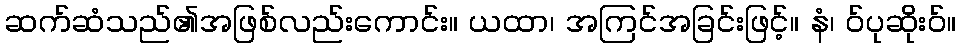
ဆက်ဆံသည်၏အဖြစ်လည်းကောင်း။ ယထာ၊ အကြင်အခြင်းဖြင့်။ နံ၊ ဝ်ပုဆိုးဝ်။